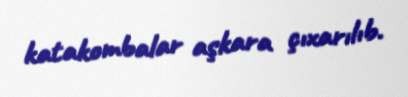
katakombalar aşkara çıxarılıb.